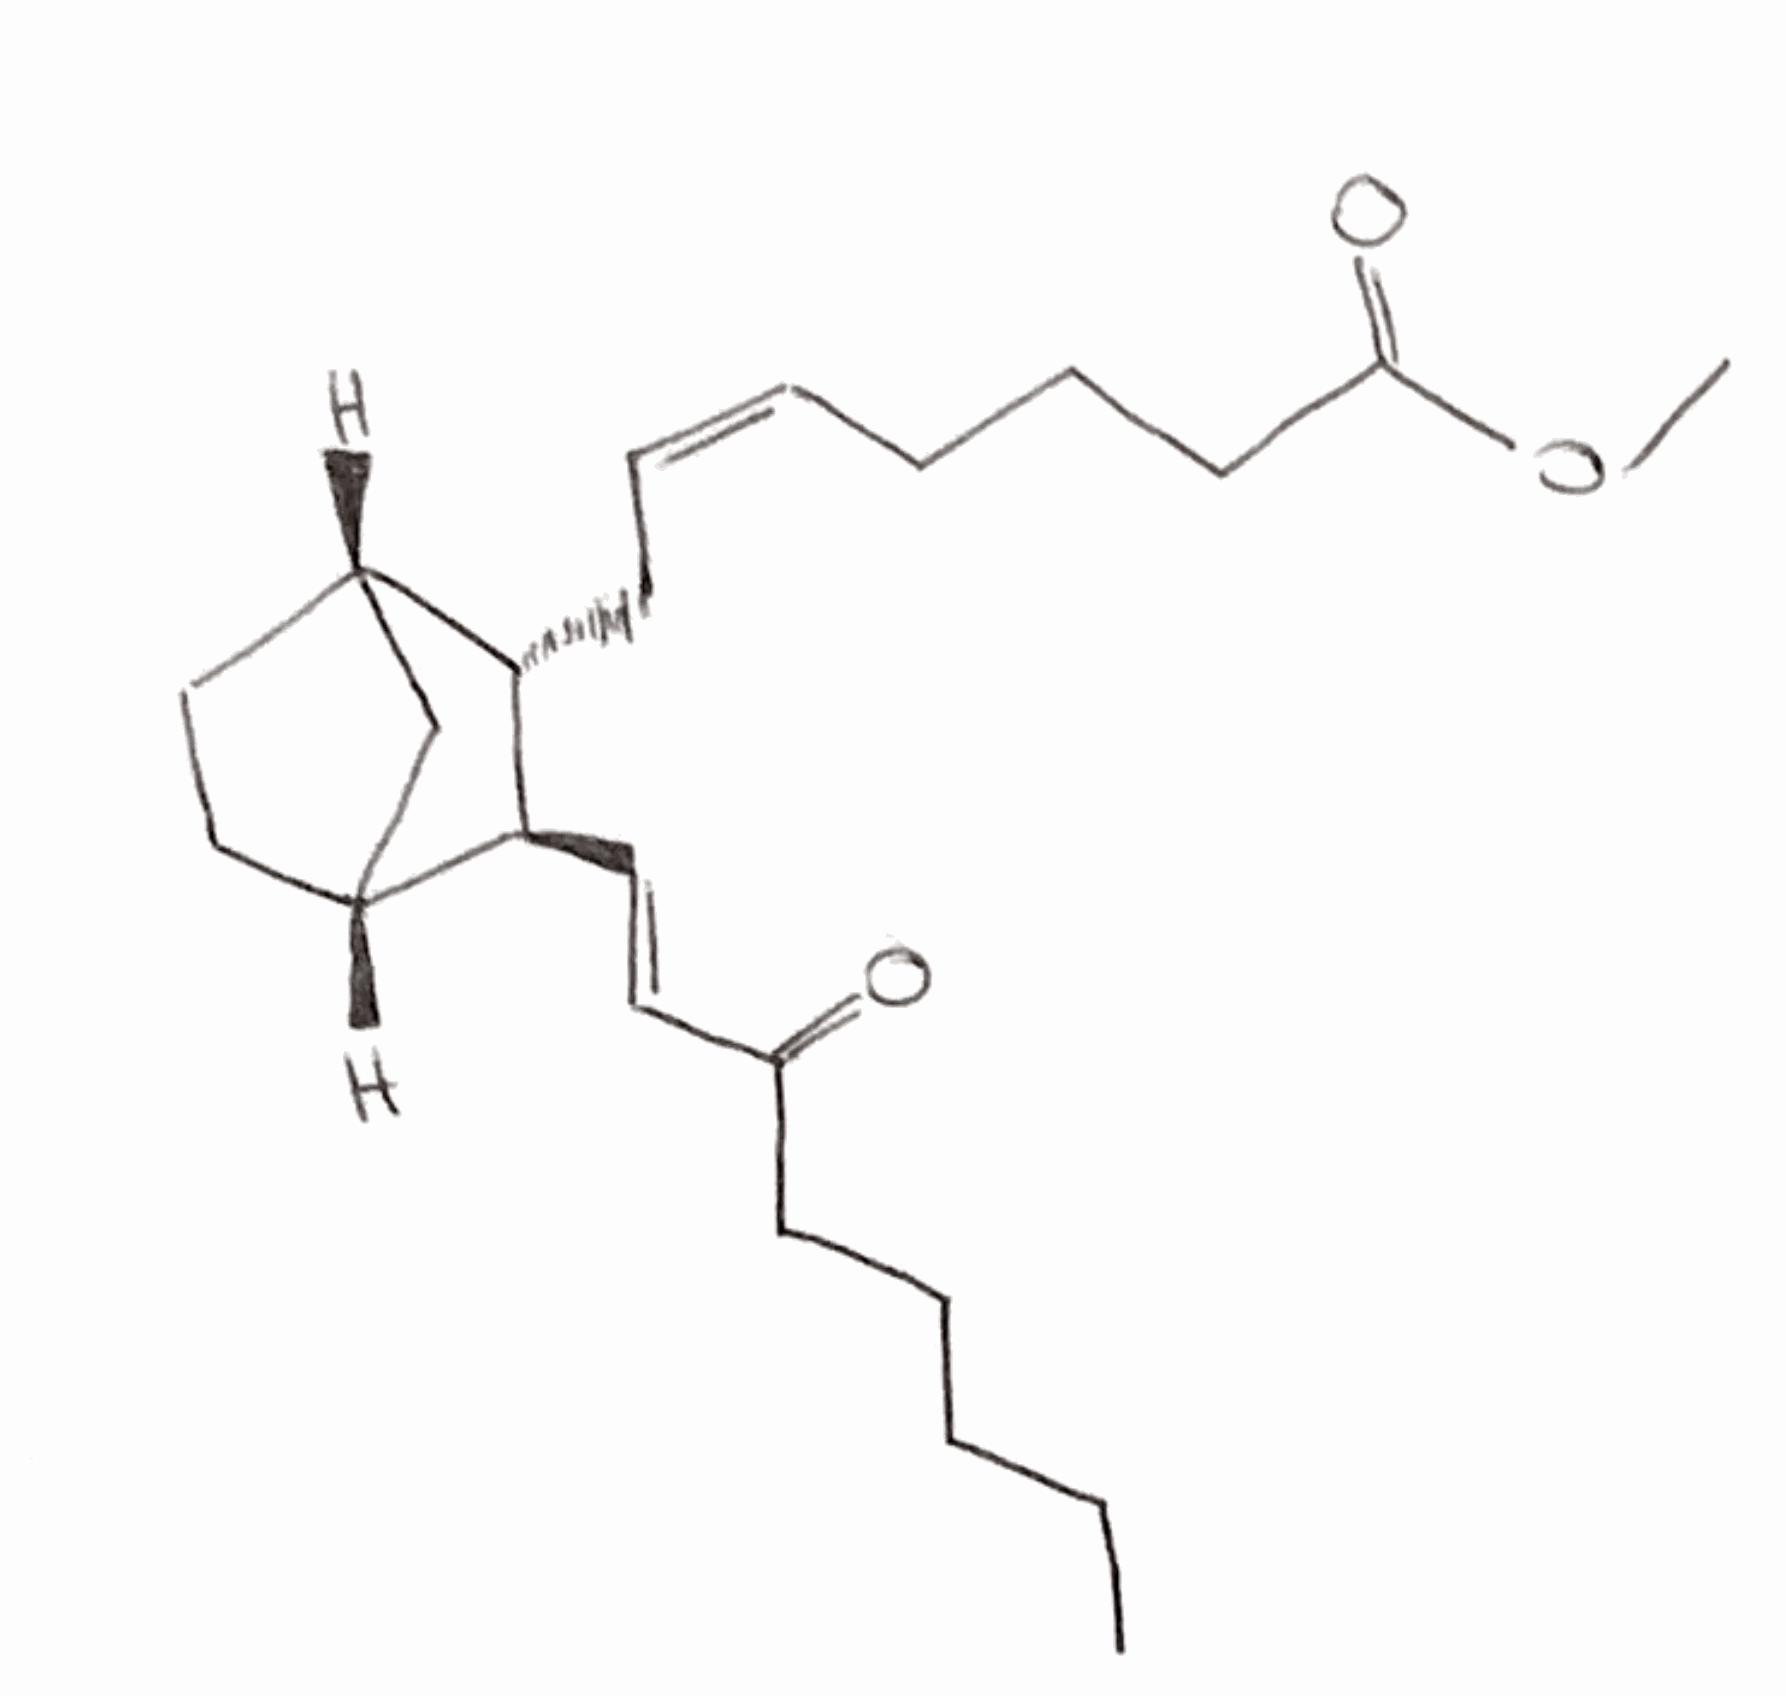
Simplified molecular-input line-entry system (SMILES) notation of the given molecule:
CCCCCC(=O)/C=C/[C@H]1[C@@H]2CC[C@@H](C2)[C@@H]1C/C=C\CCCC(=O)OC